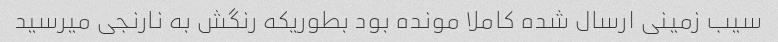
سیب زمینی ارسال شده کاملا مونده بود بطوریکه رنگش به نارنجی میرسید